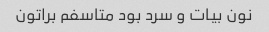
نون بیات و سرد بود متاسفم براتون